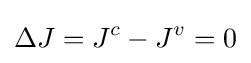
\Delta J=J^{c}-J^{v}=0